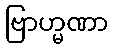
ဗြာဟ္မဏာ